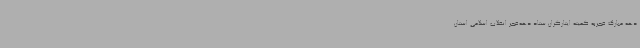
دهه‌ مبارک فجربه کمیته ایثارگران ستاد دهه‌فجر انقلاب اسلامی استان